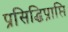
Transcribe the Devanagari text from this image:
प्रसिद्धिप्राप्ति